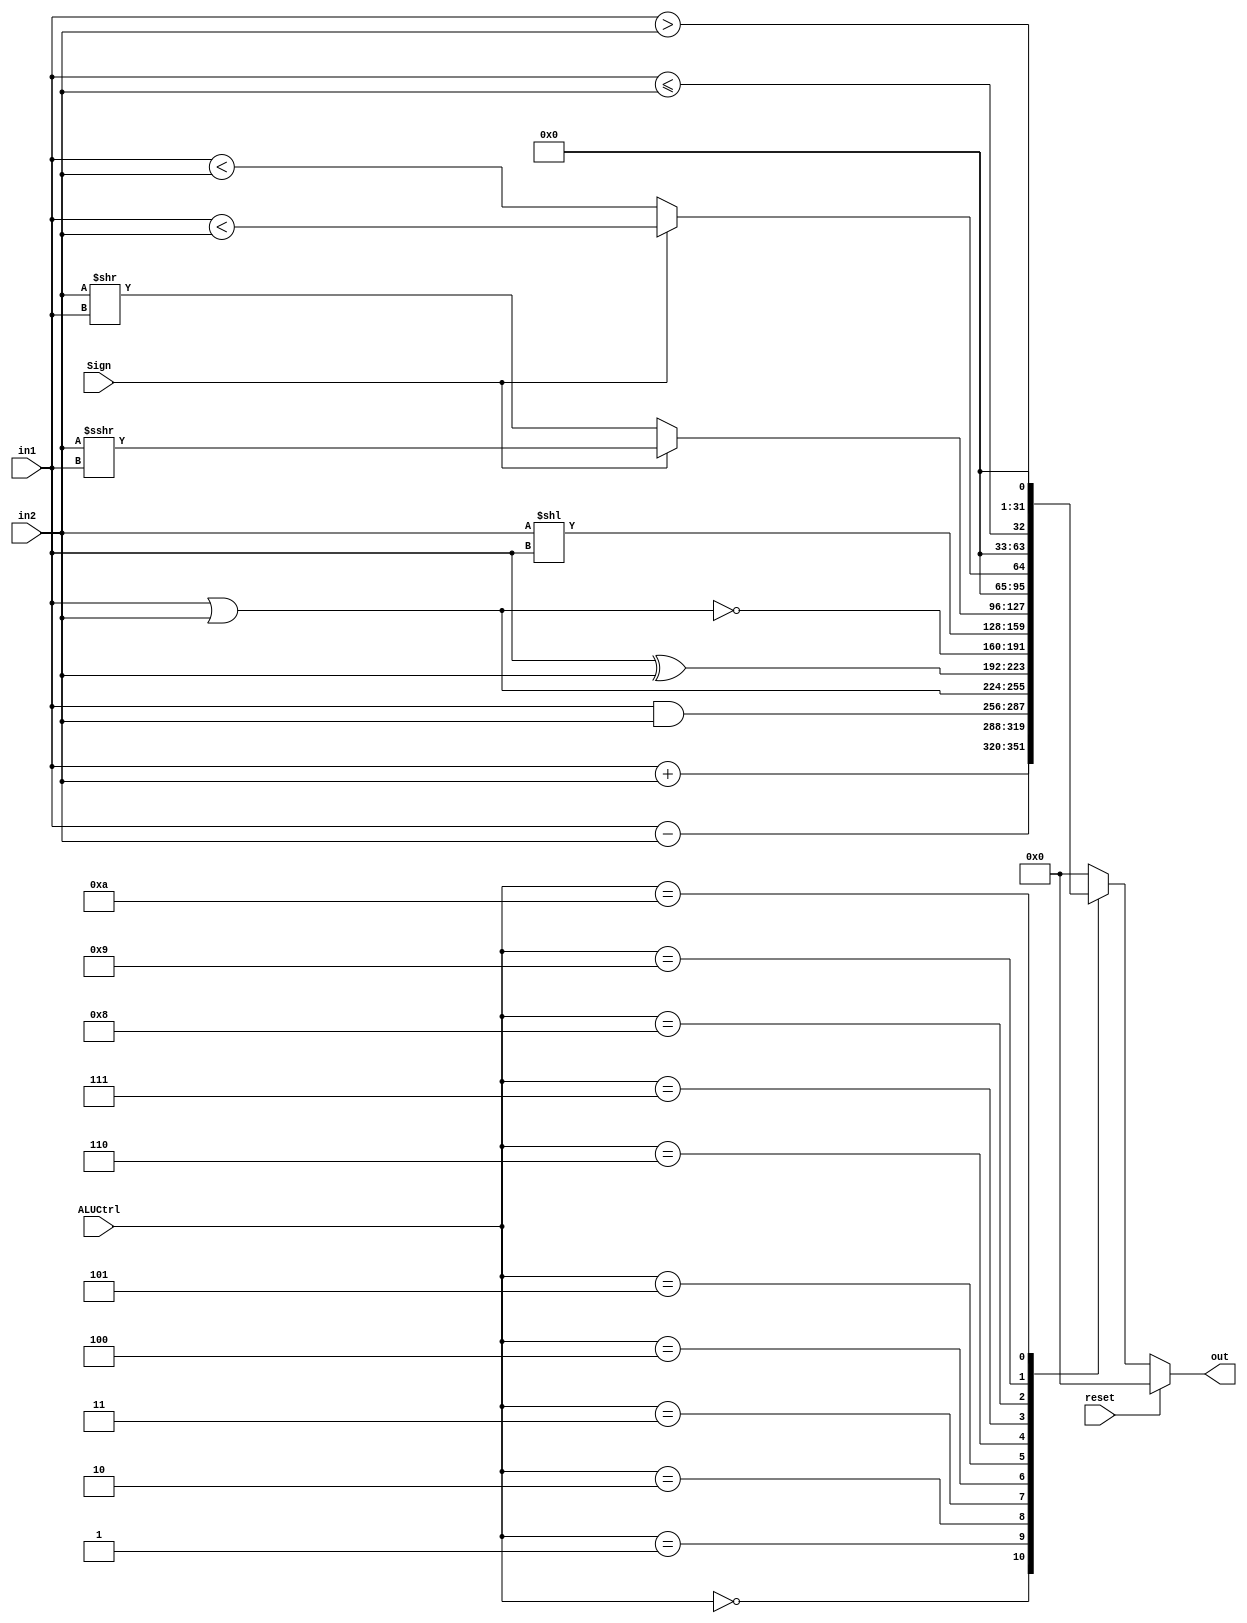
`timescale 1ns / 1ps
module ALU(
    input reset,
    input [3:0] ALUCtrl,
    input Sign,
    input [31:0] in1,
    input [31:0] in2,
    output reg [31:0] out
    //output reg zero
);
    parameter ADD = 5'd0;
    parameter SUB = 5'd1;
    parameter AND = 5'd2;
    parameter OR = 5'd3;
    parameter XOR = 5'd4;
    parameter NOR = 5'd5;
    parameter SL = 5'd6;
    parameter SR = 5'd7;
    parameter LT = 5'd8;
    parameter LE = 5'd9;
    parameter GT = 5'd10;

    initial begin
        out <= 32'h00000000;
        //zero <= 1'b0;
    end

    always@* 
    begin
    if(reset) begin
        out <= 32'h00000000;
    end
    else begin
        case(ALUCtrl)
            ADD: begin
                out <= in1 + in2;
                //zero <= 1'b0;
            end
            SUB: begin
                out <= in1 - in2;
                //if(in1 == in2) zero <= 1'b1;
                //else zero <= 1'b0;
            end
            AND: begin
                out <= in1 & in2;
                //zero <= 1'b0;
            end
            OR: begin
                out <= in1 | in2;
                //zero <= 1'b0;
            end
            XOR: begin
                out <= in1 ^ in2;
                //zero <= 1'b0;
            end
            NOR: begin
                out <= ~(in1 | in2);
                //zero <= 1'b0;
            end
            SL: begin
                out <= in2 << in1;
                //zero <= 1'b0;
            end
            SR: begin
                if(Sign) out <= $signed(in2) >>> $signed(in1);
                else out <= in2 >> in1;
                //zero <= 1'b0;
            end
            LT: begin
                if(Sign) out <= $signed(in1) < $signed(in2);
                else out <= in1 < in2;
                //zero <= 1'b0;
            end
            LE: begin
                out <= $signed(in1) <= $signed(in2);
            end
            GT: begin
                out <= $signed(in1) > $signed(in2);
            end
            default: begin
                out <= 32'h00000000;
                //zero <= 1'b0;
            end
        endcase
        end
    end

endmodule